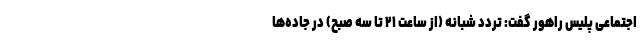
اجتماعی پلیس راهور گفت: تردد شبانه (از ساعت ۲۱ تا سه صبح) در جاده‌ها